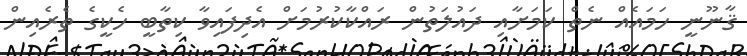
ޤާނޫނީ ހަމައެއް ނެތް ކަމަށާއި ދައުލަތުން ރައްކާކުރުމަށް އެދިފައިވާ ކިތާބީ ހެކީގެ ތެރެއިން